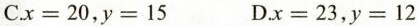
C.$$x = 2 0$$,$$y = 1 5$$ D.$$x = 2 3$$,$$y = 1 2$$